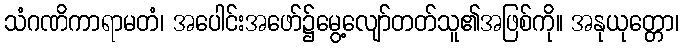
သံဂဏိကာရာမတံ၊ အပေါင်းအဖော်၌မွေ့လျော်တတ်သူ၏အဖြစ်ကို။ အနုယုတ္တော၊